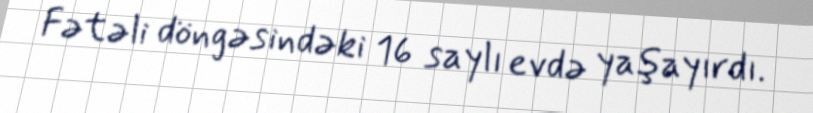
Fətəli döngəsindəki 16 saylı evdə yaşayırdı.